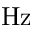
\mathrm { H z }